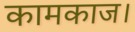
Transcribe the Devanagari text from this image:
कामकाज।